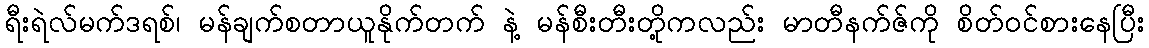
ရီးရဲလ်မက်ဒရစ်၊ မန်ချက်စတာယူနိုက်တက် နဲ့ မန်စီးတီးတို့ကလည်း မာတီနက်ဇ်ကို စိတ်ဝင်စားနေပြီး